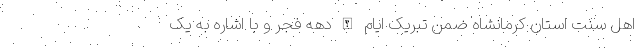
اهل سنت استان کرمانشاه ضمن تبریک ایام الله دهه فجر و با اشاره به یک